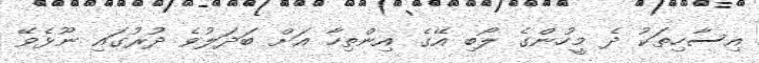
އިސާހިތަކު ދެ މީހުންގެ ލޯބި އޭގެ އިންތިހާ އަށް ބަދަލުވެ ދުރުގައި ނޫޅެވޭ